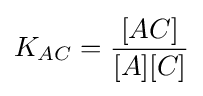
K_{AC}={\frac {[AC]}{[A][C]}}